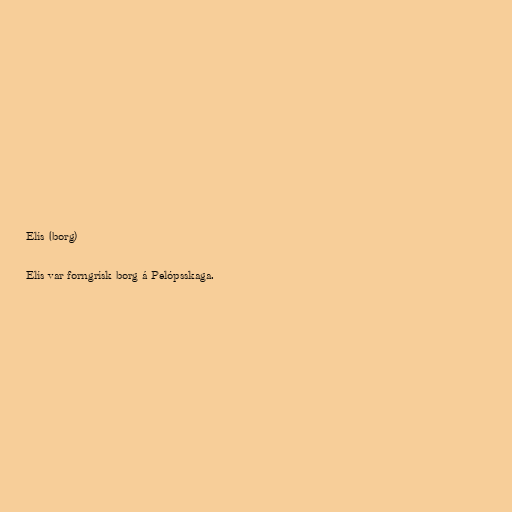
Elís (borg)

Elís var forngrísk borg á Pelópsskaga.